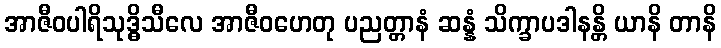
အာဇီဝပါရိသုဒ္ဓိသီလေ အာဇီဝဟေတု ပညတ္တာနံ ဆန္နံ သိက္ခာပဒါနန္တိ ယာနိ တာနိ